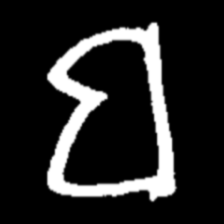
Pyu character \u2014 Myanmar letter: ဗ (romanized: ba)